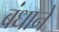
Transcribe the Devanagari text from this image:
बंधानें